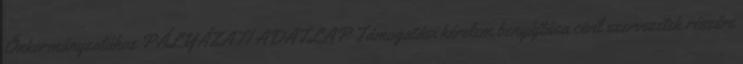
Önkormányzatához PÁLYÁZATI ADATLAP Támogatási kérelem benyújtása civil szervezetek részére